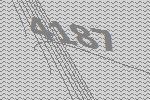
4187